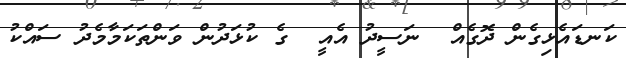
ކަނޑައެޅިގެން ދޮގެއް  ނަސީދު އެއީ  ގެ ކުޅަދުން ވަންތަކަމާމެދު ސައްކު